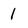
Character: 1